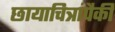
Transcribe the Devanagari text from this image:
छायाचित्रांपैकी